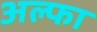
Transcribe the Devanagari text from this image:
अल्‍फा